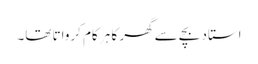
استاد بچے سے گھر کا ہر کام کرواتا تھا۔